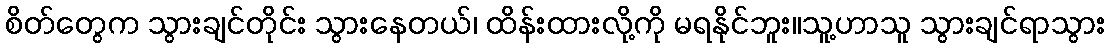
စိတ်တွေက သွားချင်တိုင်း သွားနေတယ်၊ ထိန်းထားလို့ကို မရနိုင်ဘူး။သူ့ဟာသူ သွားချင်ရာသွား